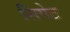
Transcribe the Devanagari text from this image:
सिपेट